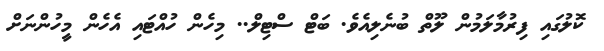
ކޮލުގައި ފިރުމާލަމުން ލޫތް ބުނެލިއެވެ. ބަޓް ސްޓިލް.. މިހެން ހުއްޓައި އެހެން މީހުންނަށް